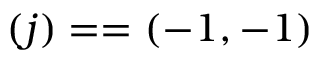
( j ) = = ( - 1 , - 1 )